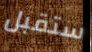
ستقبل